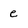
Character: e